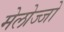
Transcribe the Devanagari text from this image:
मेलोज्जो